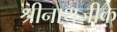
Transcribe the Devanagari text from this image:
श्रीनाथजीके